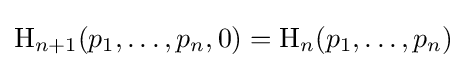
\mathrm {H} _{n+1}(p_{1},\ldots ,p_{n},0)=\mathrm {H} _{n}(p_{1},\ldots ,p_{n})